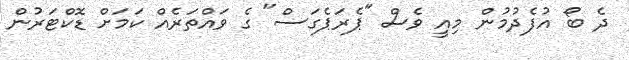
ދެ ބޯ އުފެދުމުން މިއީ ވެސް "ޕެރަޕެގަސް" ގެ ވައްތަރެއް ކަމަށް ޑޮކްޓަރުން